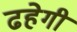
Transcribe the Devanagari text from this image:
ढहेगी